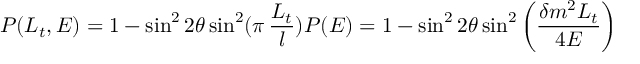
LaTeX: P ( L _ { t } , E ) = 1 - \sin ^ { 2 } 2 \theta \sin ^ { 2 } ( \pi \, \frac { L _ { t } } { l } ) P ( E ) = 1 - \sin ^ { 2 } 2 \theta \sin ^ { 2 } \left( \frac { \delta m ^ { 2 } L _ { t } } { 4 E } \right)